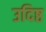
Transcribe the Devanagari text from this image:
उदिष्ठ